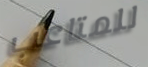
للمتاعب